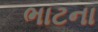
ભાટના